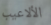
الألاعيب